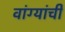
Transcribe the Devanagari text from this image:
वांग्यांची